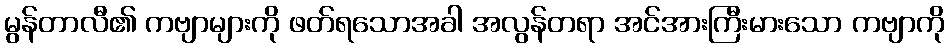
မွန်တာလီ၏ ကဗျာများကို ဖတ်ရသောအခါ အလွန်တရာ အင်အားကြီးမားသော ကဗျာကို